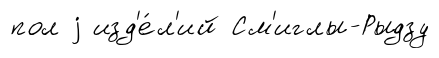
пол j изд'е́л'ий См'иглы-Рыдзу